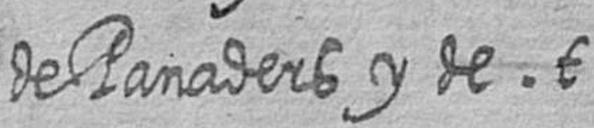
de Panaders y de t